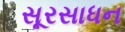
સૂરસાધન